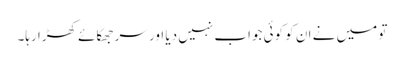
تو میں نے ان کو کوئی جواب نہیں دیا اور سر جھکائے کھڑا رہا۔